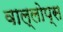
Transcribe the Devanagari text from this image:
वाल्लोप्स